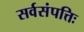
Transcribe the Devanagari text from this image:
सर्वसंपत्तिः